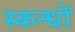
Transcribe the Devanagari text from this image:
स्कन्धों